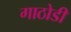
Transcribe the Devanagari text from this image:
गाठोडी